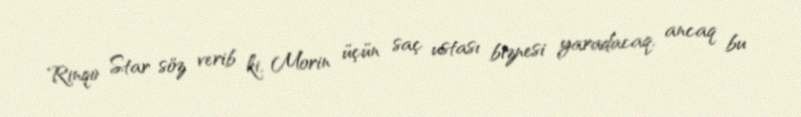
Rinqo Star söz verib ki, Morin üçün saç ustası biznesi yaradacaq, ancaq bu